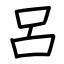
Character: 呂